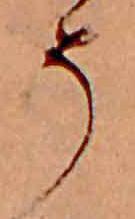
そ